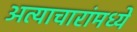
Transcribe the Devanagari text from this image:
अत्याचारांमध्ये